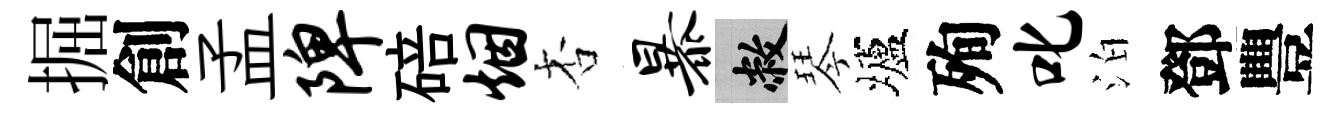
掘創孟陴碚烟杏暴敝琴壚殉叱泊鄧豐